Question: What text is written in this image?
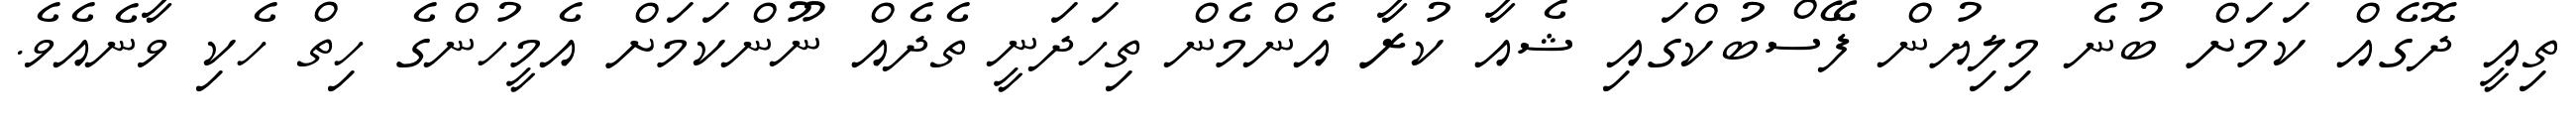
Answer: ތިއީ ދޮގެއް ކަމަށް ބުނެ މިލިޔުން ފޭސްބުކްގައި ޝެއާ ކުރާ އެންމެން ތިހަދަނީ ތެދެއް ނޫންކަމަށް އެމީހުންގެ ހިތް ހެކި ވާނެއެވެ.